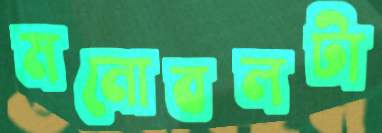
মনোবলটা